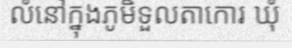
លំនៅក្នុងភូមិទួលតាកោរ ឃុំ